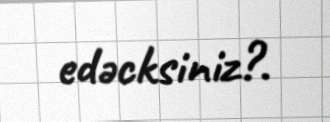
edəcksiniz?.